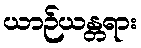
ယာဉ်ယန္တရား